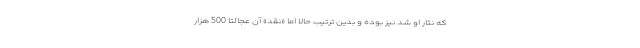
که نثار او شد نیز بوده و بدین ترتیب حالا اما «نقد» آن عجالتا 500 هزار